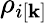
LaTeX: \rho_{i[\textbf{k}]}